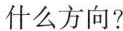
什么方向？